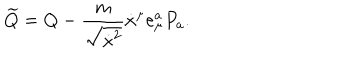
LaTeX: \widetilde Q = Q - { \frac { m } { \sqrt { \dot { x } ^ { 2 } } } } \dot { x } ^ { \mu } e _ { \mu } ^ { a } P _ { a } .